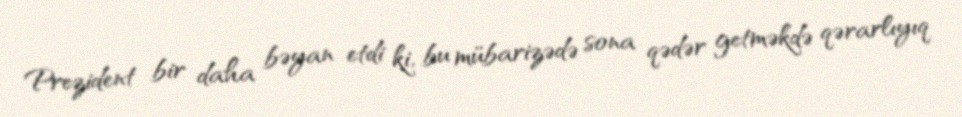
Prezident bir daha bəyan etdi ki, bu mübarizədə sona qədər getməkdə qərarlıyıq